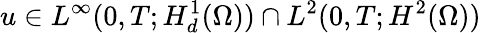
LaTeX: u\in L^{\infty}(0,T;H_{d}^{1}(\Omega))\cap L^{2}(0,T;H^{2}(\Omega))